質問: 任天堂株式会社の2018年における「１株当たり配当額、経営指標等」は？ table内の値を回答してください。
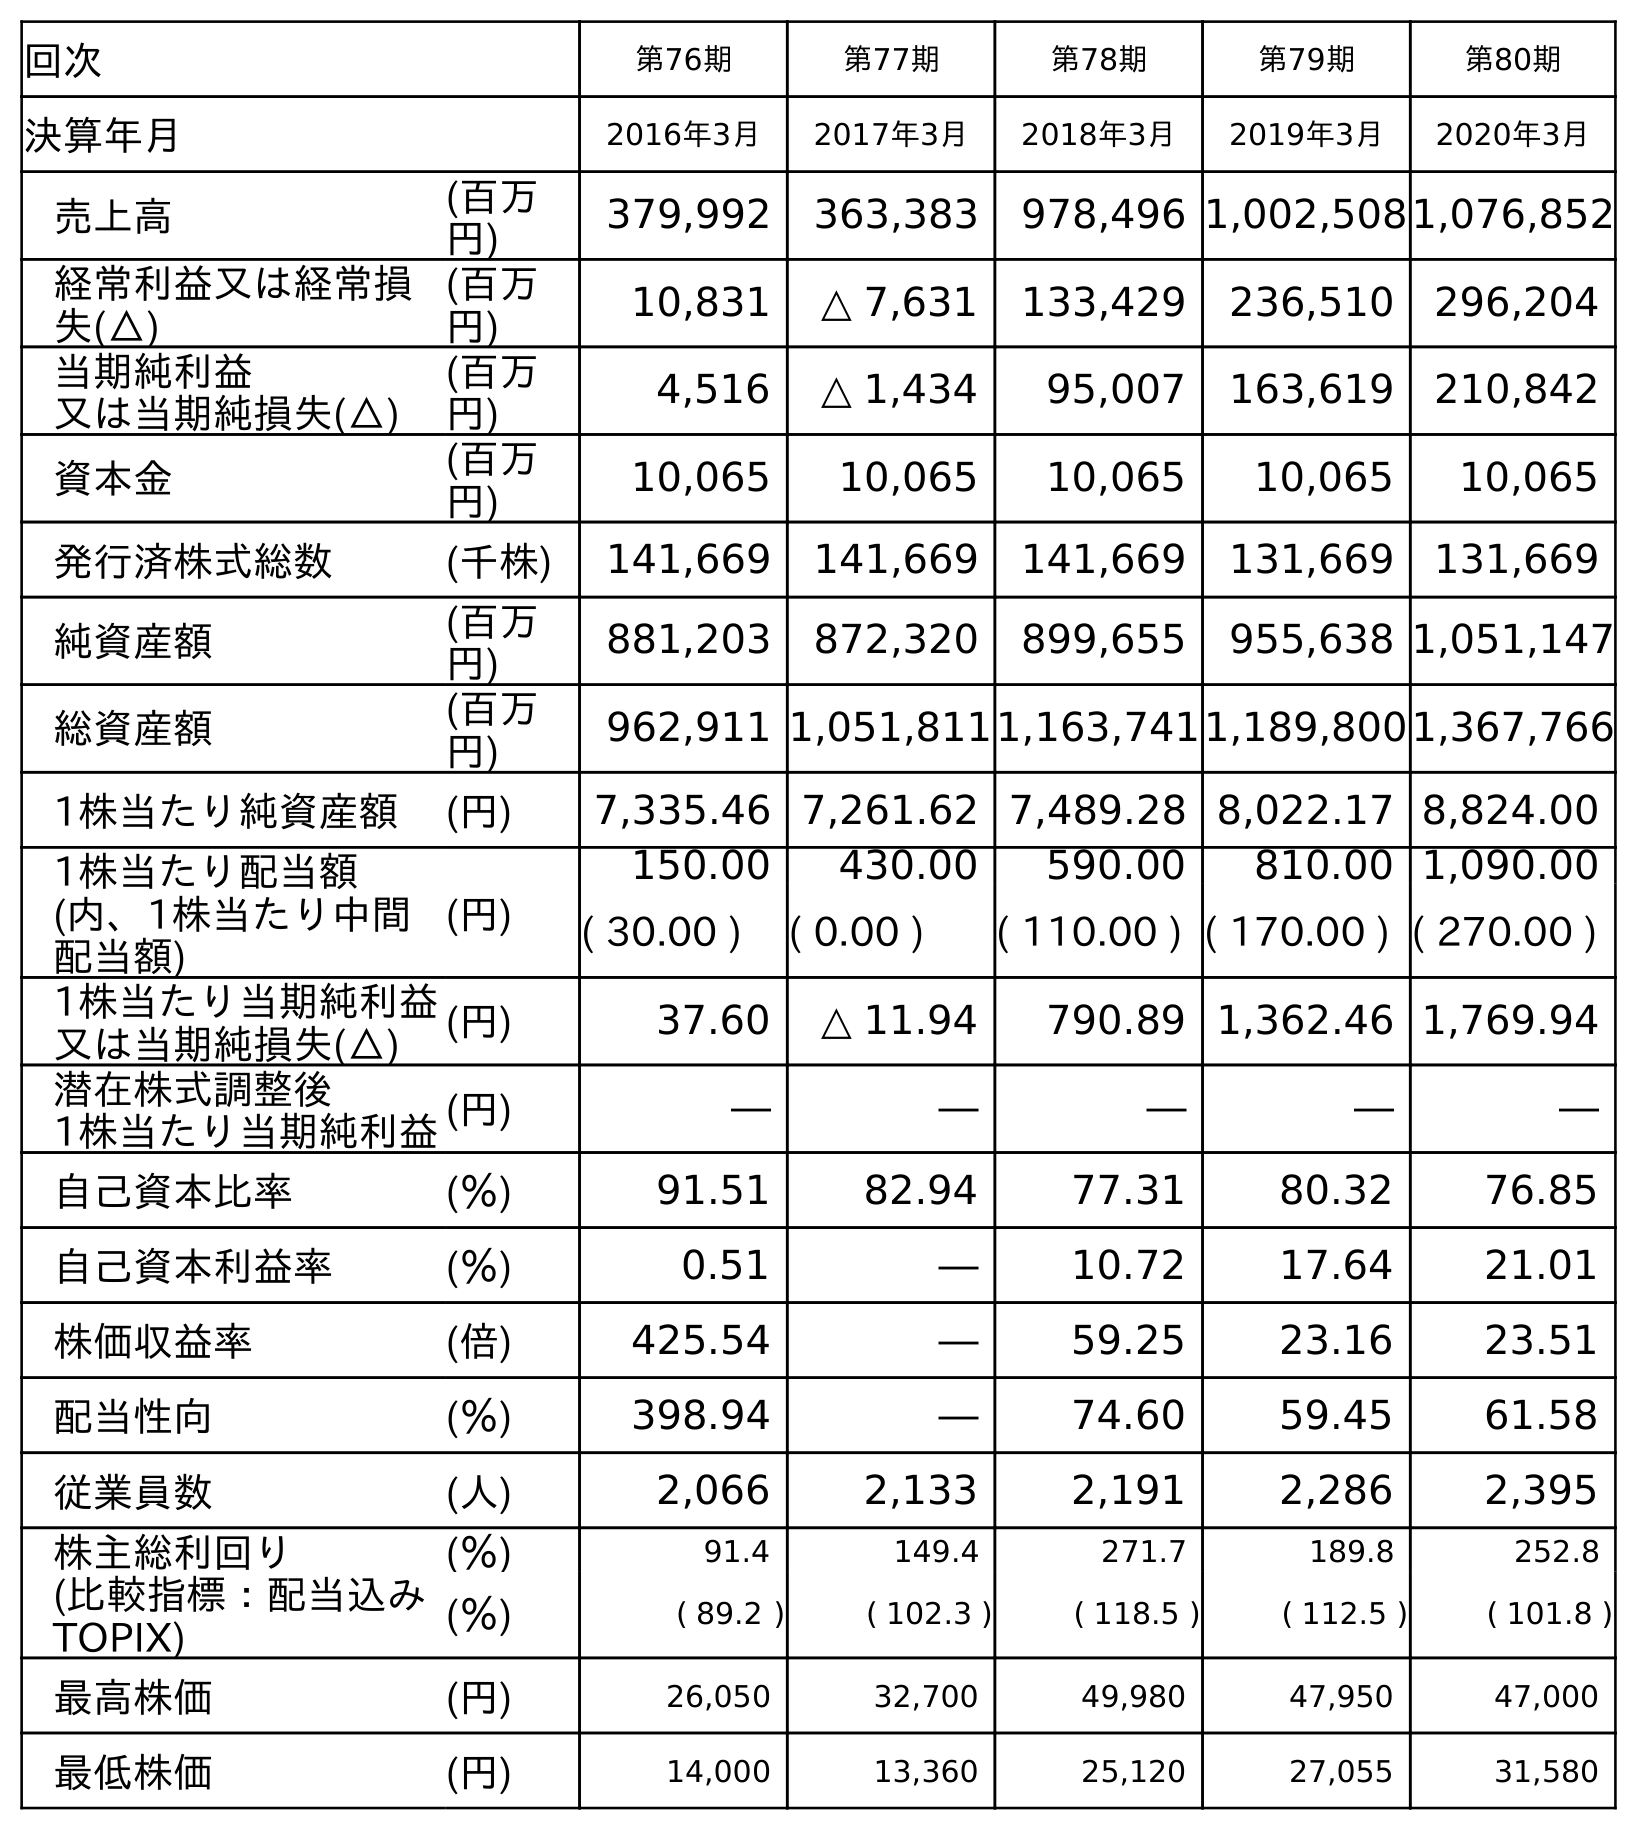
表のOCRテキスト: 回次 第76期 第77期 第78期 第79期 第80期 決算年月 2016年3月 2017年3月 2018年3月 2019年3月 2020年3月 売上高 (百万 円) 379,992 363,383 978,496 1,002,5081,076,852 経常利益又は経常損 失(△) (百万 円) 10,831 △ 7,631 133,429 236,510 296,204 当期純利益 又は当期純損失(△) (百万 円) 4,516 △ 1,434 95,007 163,619 210,842 資本金 (百万 円) 10,065 10,065 10,065 10,065 10,065 発行済株式総数 (千株) 141,669 141,669 141,669 131,669 131,669 純資産額 (百万 円) 881,203 872,320 899,655 955,638 1,051,147 総資産額 (百万 円) 962,911 1,051,8111,163,7411,189,8001,367,766 1株当たり純資産額 (円) 7,335.46 7,261.62 7,489.28 8,022.17 8,824.00 1株当たり配当額 (内、1株当たり中間 配当額) (円) 150.00 430.00 590.00 810.00 1,090.00 ( 30.00 ) ( 0.00 ) ( 110.00 ) ( 170.00 ) ( 270.00 ) 1株当たり当期純利益 又は当期純損失(△) (円) 37.60 △ 11.94 790.89 1,362.46 1,769.94 潜在株式調整後 1株当たり当期純利益(円) ― ― ― ― ― 自己資本比率 (％) 91.51 82.94 77.31 80.32 76.85 自己資本利益率 (％) 0.51 ― 10.72 17.64 21.01 株価収益率 (倍) 425.54 ― 59.25 23.16 23.51 配当性向 (％) 398.94 ― 74.60 59.45 61.58 従業員数 (人) 2,066 2,133 2,191 2,286 2,395 株主総利回り (比較指標：配当込み TOPIX) (％) 91.4 149.4 271.7 189.8 252.8 (％) ( 89.2 ) ( 102.3 ) ( 118.5 ) ( 112.5 ) ( 101.8 ) 最高株価 (円) 26,050 32,700 49,980 47,950 47,000 最低株価 (円) 14,000 13,360 25,120 27,055 31,580
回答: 590.00